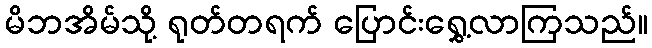
မိဘအိမ်သို့ ရုတ်တရက် ပြောင်းရွှေ့လာကြသည်။